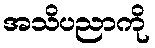
အသိပညာကို